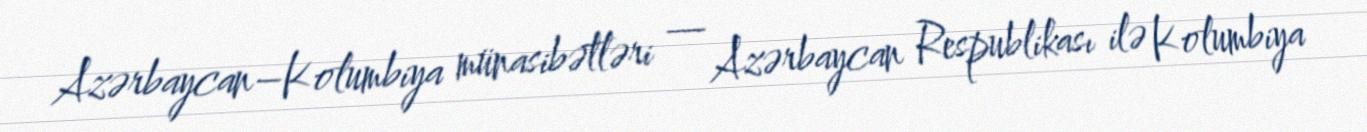
Azərbaycan–Kolumbiya münasibətləri — Azərbaycan Respublikası ilə Kolumbiya